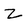
Character: Z